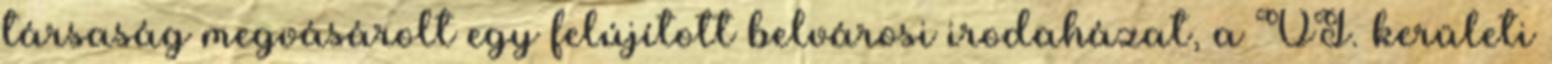
társaság megvásárolt egy felújított belvárosi irodaházat, a VI. kerületi